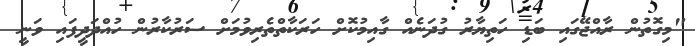
"މިގޮތުން ރާއްޖޭގައި ބަޑި ހަތިޔާރު ގުދަނެއް ގާއިމުކޮށް ހަރަކާތްތެރިވުމަށް ސަރުކާރުން ހުއްދަދީފައި ވަނީ